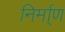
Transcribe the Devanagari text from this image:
निर्मा्ण